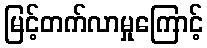
မြင့်တက်လာမှုကြောင့်